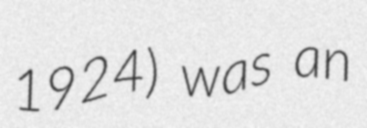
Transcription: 1924) was an